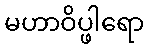
မဟာဝိပ္ဖါရော